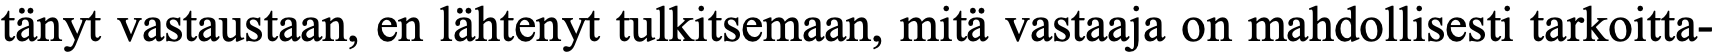
tänyt vastaustaan, en lähtenyt tulkitsemaan, mitä vastaaja on mahdollisesti tarkoitta-